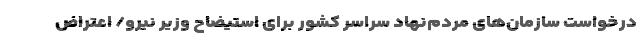
درخواست سازمان‌های مردم‌نهاد سراسر کشور برای استیضاح وزیر نیرو/ اعتراض